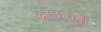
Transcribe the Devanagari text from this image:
श्यामपट्टों